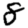
Digit: 8